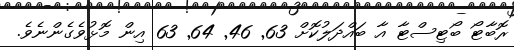
ރޮބާޓޯ ބޯޓިސްޓާ އާ ބައްދަލުކޮށް 63